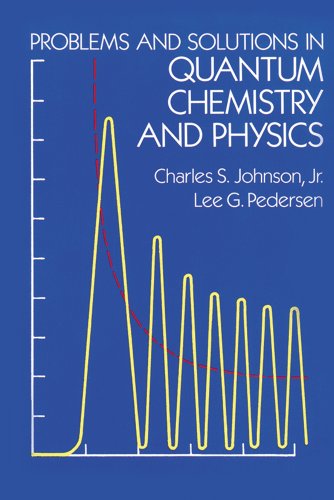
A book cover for Problems and Solutions in Quantum Chemistry and Physics (Dover Books on Chemistry); Charles S. Johnson Jr.; Science & Math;